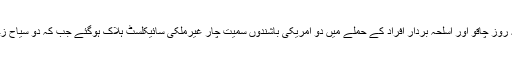
بین الاقوامی خبر رساں ادارے کے مطابق گزشتہ روز چاقو اور اسلحہ بردار افراد کے حملے میں دو امریکی باشندوں سمیت چار غیرملکی سائیکلسٹ ہلاک ہوگئے جب کہ دو سیاح زخمی ہیں جنہیں قریبی اسپتال منتقل کردیا گیا ہے۔